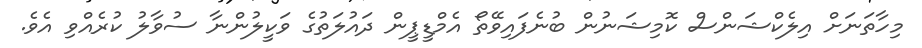
މިހާތަނަށް އިލެކްޝަންސް ކޮމިޝަނުން ބުނެފައިވޭތޯ އެމްޑީޕީން ދައުލަތުގެ ވަކީލުންނާ ސުވާލު ކުރެއްވި އެވެ.